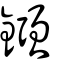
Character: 鏹